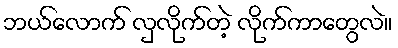
ဘယ်လောက် လှလိုက်တဲ့ လိုက်ကာတွေလဲ။